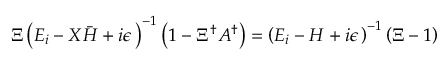
\Xi \left( E _ { i } - { \cal X } { \bar { H } } + i \epsilon \, \right) ^ { - 1 } \left( 1 - \Xi ^ { \dagger } { \cal A } ^ { \dagger } \right) = \left( E _ { i } - H + i \epsilon \, \right) ^ { - 1 } \left( \Xi - 1 \right)